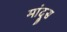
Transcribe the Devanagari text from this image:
मांदूस